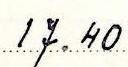
17.40